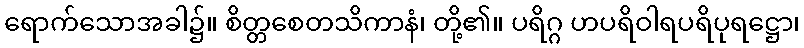
ရောက်သောအခါ၌။ စိတ္တစေတသိကာနံ၊ တို့၏။ ပရိဂ္ဂ ဟပရိဝါရပရိပုရဋ္ဌော၊